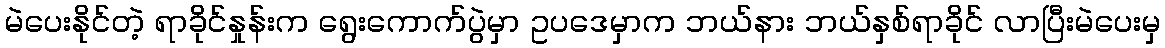
မဲပေးနိုင်တဲ့ ရာခိုင်နှုန်းက ရွေးကောက်ပွဲမှာ ဥပဒေမှာက ဘယ်နား ဘယ်နှစ်ရာခိုင် လာပြီးမဲပေးမှ